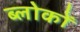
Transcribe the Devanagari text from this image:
ब्लोकों